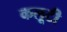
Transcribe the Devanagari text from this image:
कलूटी